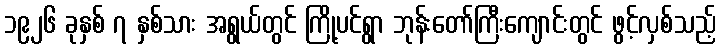
၁၉၂၆ ခုနှစ် ၇ နှစ်သား အရွယ်တွင် ကြို့ပင်ရွာ ဘုန်းတော်ကြီးကျောင်းတွင် ဖွင့်လှစ်သည့်